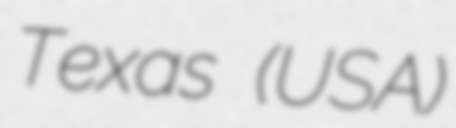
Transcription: Texas (USA)